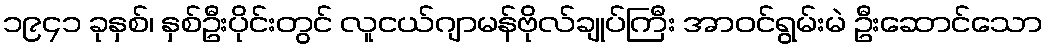
၁၉၄၁ ခုနှစ်၊ နှစ်ဦးပိုင်းတွင် လူငယ်ဂျာမန်ဗိုလ်ချုပ်ကြီး အာဝင်ရွမ်းမဲ ဦးဆောင်သော